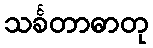
သင်္ခတာဓာတု